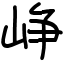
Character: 峥